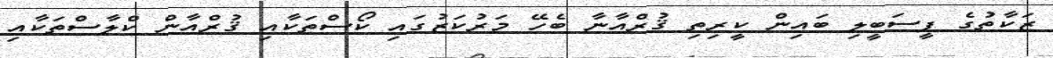
ޒަކާތުގެ ފީސަބީލި ބައިން ކީރިތި ޤުރްއާނާ ބެހޭ މަރުކަޒުގައި ކޯސްތަކާއި ޤުރްއާން ކްލާސްތަކާއި